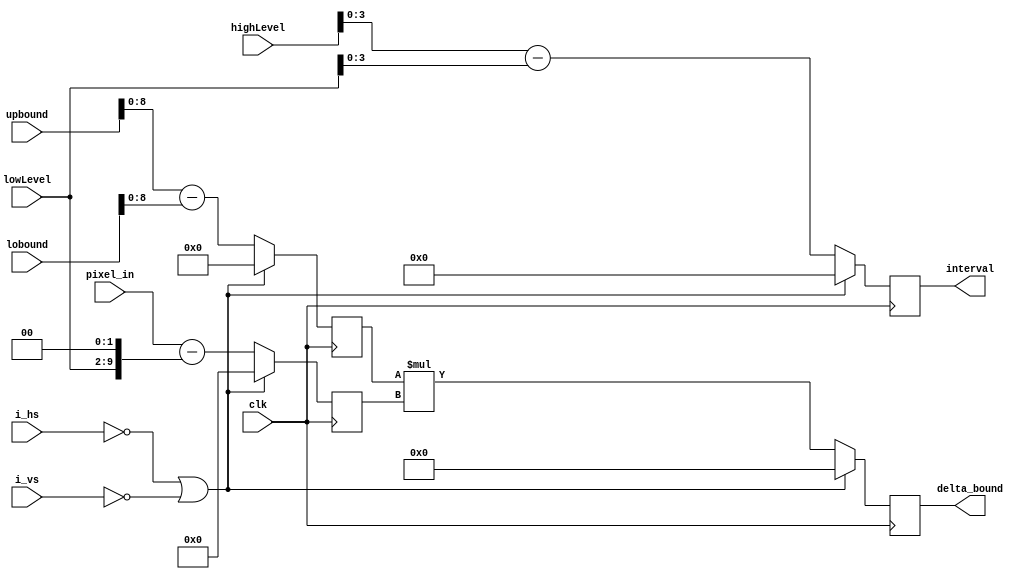
module interpolator_10bit (
    input clk,
    input i_hs,
    input i_vs,
    input [9:0] pixel_in,
    input [7:0] lowLevel,
    input [8:0] highLevel,
    input [11:0] lobound,   //(8, 4)
    input [11:0] upbound,
    output [3:0] interval,
    output [16:0] delta_bound
);

wire [11:0] bound_diff_w; //max (upbound-lobound) =  270, (8, 4)
wire [8:0] bound_diff_trunc_w;
wire [9:0] alpha_w;  //max alpha = 255
wire [8:0] interval_w;   //max interval =  16
wire [3:0] interval_trunc_w;   
wire [16:0] delta_bound_w; //max delta_bound =  68850

reg [8:0] bound_diff_r;
reg [9:0] alpha_r;
reg [3:0] interval_r;
reg [16:0] delta_bound_r;

assign bound_diff_w = upbound - lobound;
assign bound_diff_trunc_w = (bound_diff_w << 3) >> 3;
assign alpha_w = pixel_in - {lowLevel, 2'b0};
assign interval_w = highLevel - {1'b0,lowLevel};
assign interval_trunc_w = (interval_w << 5) >> 5;
assign delta_bound_w = bound_diff_r * alpha_r;

assign delta_bound = delta_bound_r;
assign interval = interval_r;

always @(posedge clk) begin
//    if(!rst_n)begin   //rst_n
//        bound_diff_r <= 0;
//        alpha_r <= 0;
//        interval_r <= 0;
//        delta_bound_r <= 0;
//    end
//    else 
    if(!i_hs || !i_vs)begin
        bound_diff_r <= 0;
        alpha_r <= 0;
        interval_r <= 0;
        delta_bound_r <= 0;
    end
    else begin
        bound_diff_r <= bound_diff_trunc_w;
        alpha_r <= alpha_w;
        interval_r <= interval_trunc_w;
        delta_bound_r <= delta_bound_w;
    end
end
    
endmodule